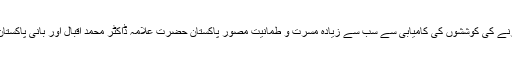
کشمیری عوام کی گوہر مقصود حاصل کرنے کی کوششوں کی کامیابی سے سب سے زیادہ مسرت و طمانیت مصور پاکستان حضرت علامہ ڈاکٹر محمد اقبال اور بانی پاکستان حضرت قائد اعظم ہی کو نصیب ہو گی ۔